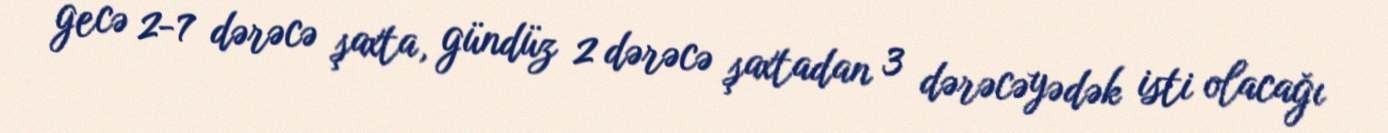
gecə 2-7 dərəcə şaxta, gündüz 2 dərəcə şaxtadan 3 dərəcəyədək isti olacağı